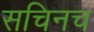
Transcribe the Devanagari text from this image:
सचिनच